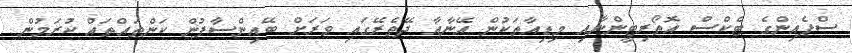
ސްޕެއިންގެ ޓެކްސް އޮތޯރިޓީންނާއި މިޑިއާތަކުން އޭނާއާ ދޭތެރޭގައި ވަރަށް ބޭއިންސާފުން ކަންތައްތައް ކުރަމުން